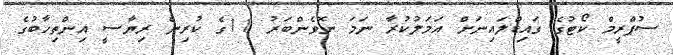
ސުޕްރީމް ކޯޓުގެ ގައިޑްލައިނަށް އަމަލުކުރާ ނަމަ ނޮވެންބަރު 11ގެ ކުރިން ރިޔާސީ އިންތިހާބުގެ